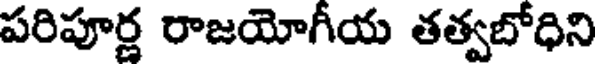
పరిపూర్ణ రాజయోగీయ తత్వబోధిని